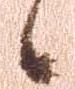
候